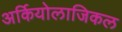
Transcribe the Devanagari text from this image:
अर्कियोलाजिकल